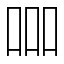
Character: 𠱠